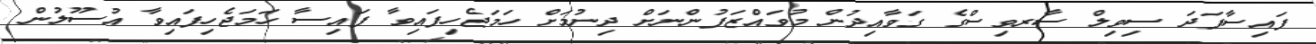
ފައިސާފަދަ ސިވިލް ސާރވިސްގެ ގަވާއިދުން މުވައްޒަފުންނަށް ދިނުމަށް ހަމަޖެހިފައިވާ ފައިސާ ހަމަޖެހިފައިވާ އުސޫލުން